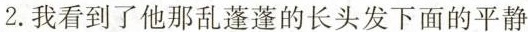
2.我看到了他那乱蓬蓬的长头发下面的平静